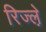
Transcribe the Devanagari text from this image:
रिज्ल़े